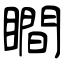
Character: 瞷